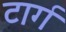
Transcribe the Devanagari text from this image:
टार्ग